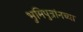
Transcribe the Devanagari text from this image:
भुमिपुत्रांनच्या